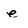
Character: e